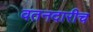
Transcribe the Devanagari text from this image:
वतनदारीच